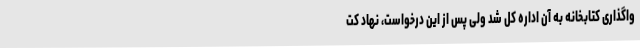
واگذاری کتابخانه به آن اداره کل شد ولی پس از این درخواست، نهاد کت